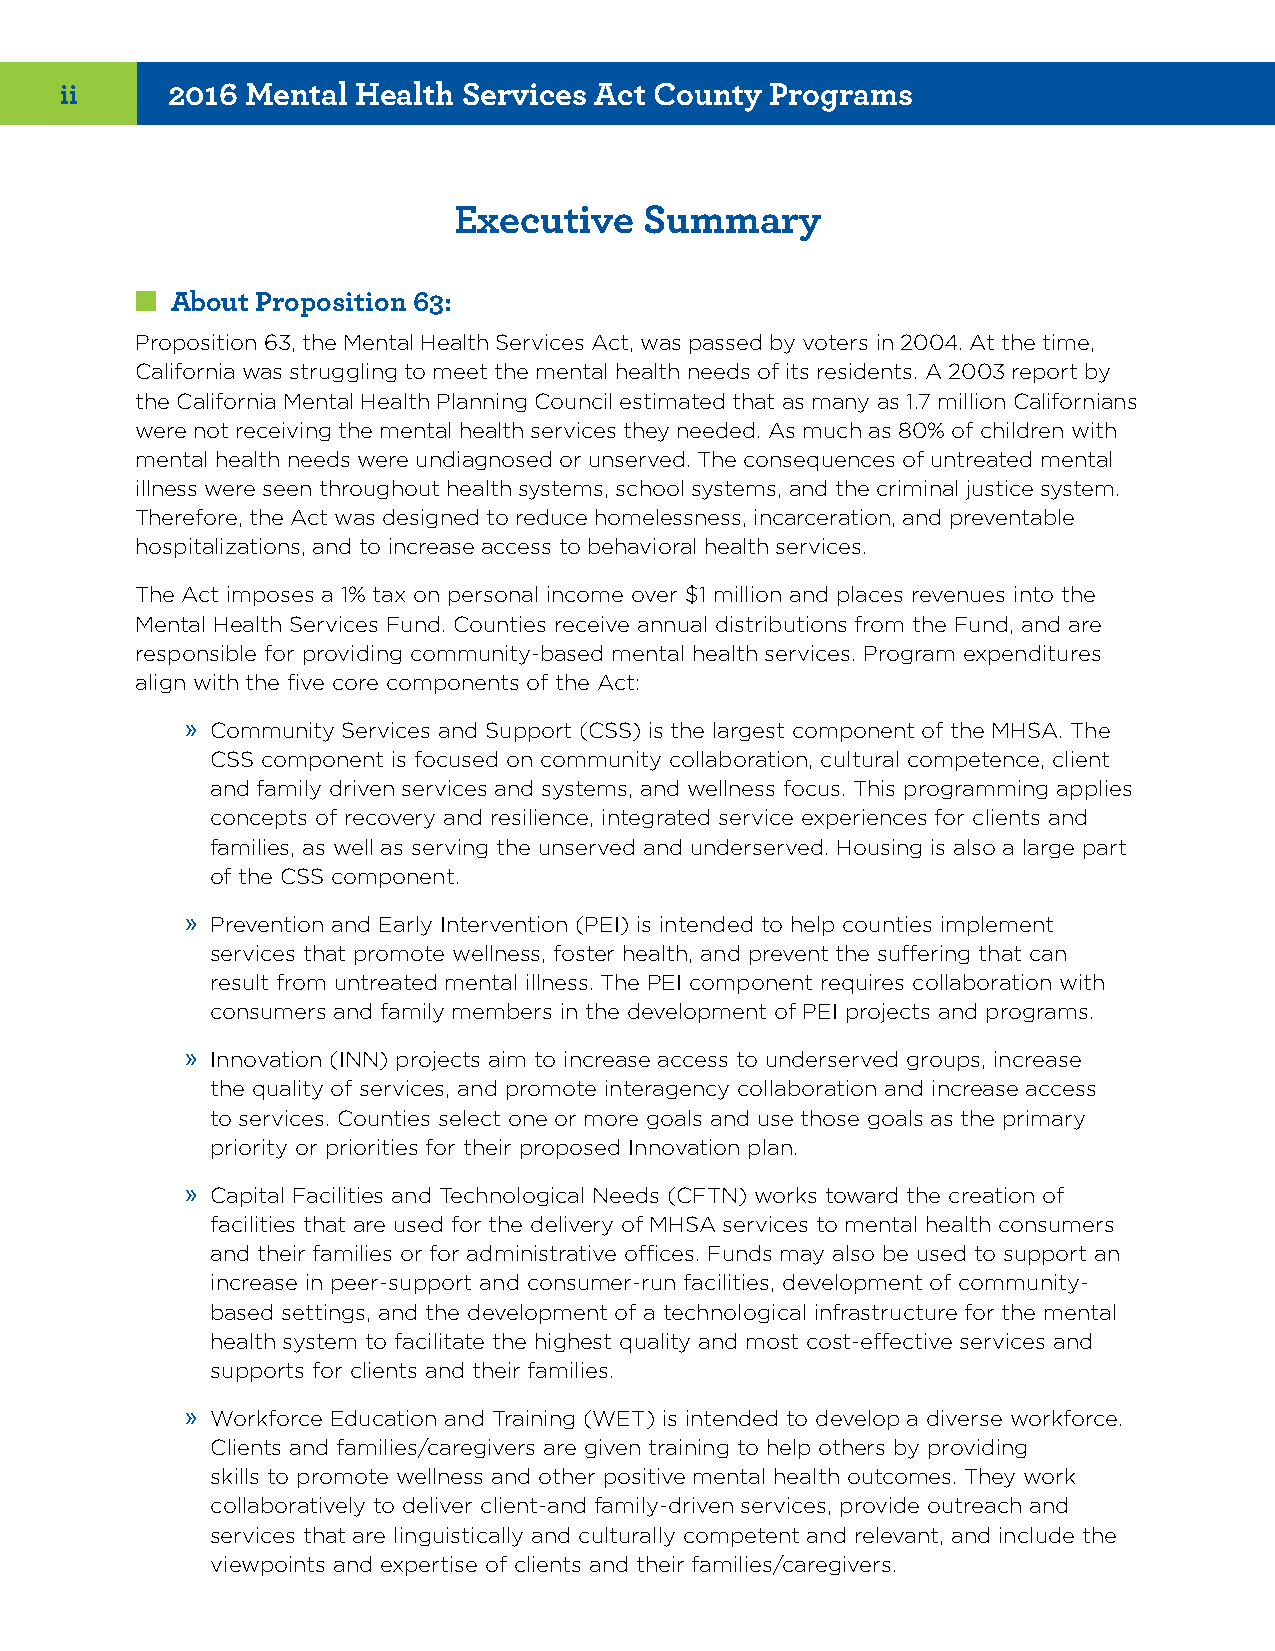
ii     2016 Mental  Health Services Act County Programs
 Executive    Summary
 ■■About Proposition 63:
 Proposition 63, the Mental Health Services Act, was passed by voters in 2004. At the time,
 California was struggling to meet the mental health needs of its residents. A 2003 report by
 the California Mental Health Planning Council estimated that as many as 1.7 million Californians
 were not receiving the mental health services they needed. As much as 80% of children with
 mental health needs were undiagnosed or unserved. The consequences of untreated mental
 illness were seen throughout health systems, school systems, and the criminal justice system.
 Therefore, the Act was designed to reduce homelessness, incarceration, and preventable
 hospitalizations, and to increase access to behavioral health services.
 The Act imposes a 1% tax on personal income over $1 million and places revenues into the
 Mental Health Services Fund. Counties receive annual distributions from the Fund, and are
 responsible for providing community-based mental health services. Program expenditures
 align with the five core components of the Act:
 » Community Services and Support (CSS) is the largest component of the MHSA. The
 CSS component is focused on community collaboration, cultural competence, client
 and family driven services and systems, and wellness focus. This programming applies
 concepts of recovery and resilience, integrated service experiences for clients and
 families, as well as serving the unserved and underserved. Housing is also a large part
 of the CSS component.
 » Prevention and Early Intervention (PEI) is intended to help counties implement
 services that promote wellness, foster health, and prevent the suffering that can
 result from untreated mental illness. The PEI component requires collaboration with
 consumers and family members in the development of PEI projects and programs.
 » Innovation (INN) projects aim to increase access to underserved groups, increase
 the quality of services, and promote interagency collaboration and increase access
 to services. Counties select one or more goals and use those goals as the primary
 priority or priorities for their proposed Innovation plan.
 » Capital Facilities and Technological Needs (CFTN) works toward the creation of
 facilities that are used for the delivery of MHSA services to mental health consumers
 and their families or for administrative offices. Funds may also be used to support an
 increase in peer-support and consumer-run facilities, development of community-
 based settings, and the development of a technological infrastructure for the mental
 health system to facilitate the highest quality and most cost-effective services and
 supports for clients and their families.
 » Workforce Education and Training (WET) is intended to develop a diverse workforce.
 Clients and families/caregivers are given training to help others by providing
 skills to promote wellness and other positive mental health outcomes. They work
 collaboratively to deliver client-and family-driven services, provide outreach and
 services that are linguistically and culturally competent and relevant, and include the
 viewpoints and expertise of clients and their families/caregivers.